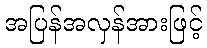
အပြန်အလှန်အားဖြင့်